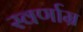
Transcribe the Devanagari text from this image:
स्वर्णाम्र